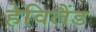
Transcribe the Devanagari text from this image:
हेविलैंड